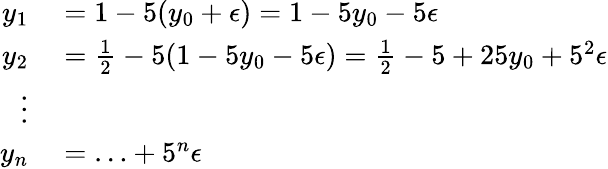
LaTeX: \begin{array}{rl}{y_{1}}&{{}=1-5(y_{0}+\epsilon)=1-5y_{0}-5\epsilon}\\ {y_{2}}&{{}={\frac{1}{2}}-5(1-5y_{0}-5\epsilon)={\frac{1}{2}}-5+25y_{0}+5^{2}\epsilon}\\ {\vdots}\\ {y_{n}}&{{}=\ldots+5^{n}\epsilon}\end{array}